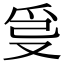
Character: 𤔂